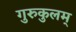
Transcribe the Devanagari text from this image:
गुरुकुलम्